Civil Veterinary Dept. Bombay admin report 1932-41 - 1932-1941
Year: 1932
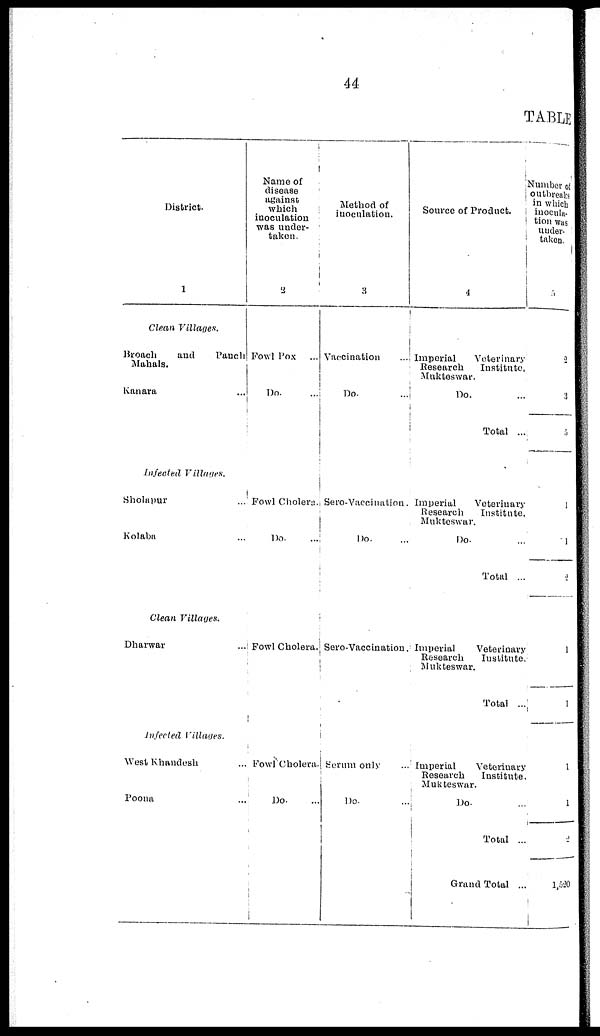
44
TABLE
District.
1
Clean Villages.
Broach
and
Panch
Mahals.
Kanara ...
Infected
Villages.
Sholapur
...
Kolaba ...
Clean Villages.
Dharwar ...
Infected Villages.
West Khandesh ...
Poona ...
Name of
disease
against
which
inoculation
was under-
taken.
2
Fowl Pox
Do. ...
Fowl Cholera.
Do. ...
Fowl Cholera.
Fowl Cholera
Do.
...
Method of
inoculation.
3
Vaccination
...
Do.
...
Sero-Vaccination.
Do. ...
Sero-Vaccination.
Serum only
...
Do. ...
Source of Product.
4
Imperial
Veterinary
Research
Institute,
Mukteswar.
Do. ...
Total ...
Imperial
Veterinary
Research
Institute,
Mukteswar.
Do. ...
Total ...
Imperial
Veterinary
Research
Institute,
Mukteswar.
Total ...
Imperial
Veterinary
Research
Institute,
Mukteswar.
Do. ...
Total ...
Grand Total ...
umber of
outbreaks
in which
inocula-
tion was
under-
taken.
5
2
3
5
1
1
2
1
1
1
1
2
1,520